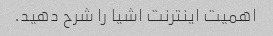
اهمیت اینترنت اشیا را شرح دهید.